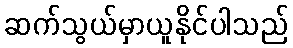
ဆက်သွယ်မှာယူနိုင်ပါသည်